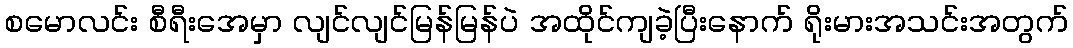
စမောလင်း စီရီးအေမှာ လျင်လျင်မြန်မြန်ပဲ အထိုင်ကျခဲ့ပြီးနောက် ရိုးမားအသင်းအတွက်